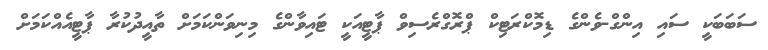
ސަބަބަކީ ސައި އިންގް-ވެންގެ ޑިމޮކްރަޓިކް ޕްރޮގްރެސިވް ޕާޓީއަކީ ޓައިވާންގެ މިނިވަންކަމަށް ތާއީދުކުރާ ޕާޓީއެއްކަމަށް